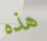
هذه